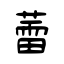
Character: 蕾